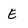
Character: E